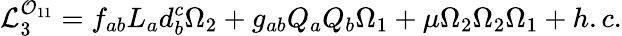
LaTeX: {\cal L}_{3}^{{\cal O}_{11}}=f_{ab}L_{a}d_{b}^{c}\Omega_{2}+g_{ab}Q_{a}Q_{b}\Omega_{1}+\mu\Omega_{2}\Omega_{2}\Omega_{1}+h.c.